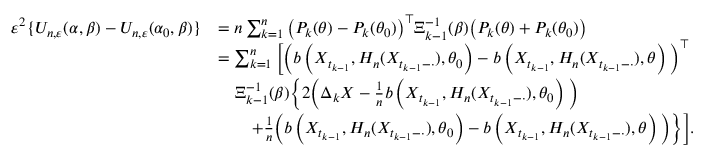
\begin{array} { r l } { \varepsilon ^ { 2 } \{ U _ { n , \varepsilon } ( \alpha , \beta ) - U _ { n , \varepsilon } ( \alpha _ { 0 } , \beta ) \} } & { = n \sum _ { k = 1 } ^ { n } \big ( P _ { k } ( \theta ) - P _ { k } ( \theta _ { 0 } ) \big ) ^ { \top } \Xi _ { k - 1 } ^ { - 1 } ( \beta ) \big ( P _ { k } ( \theta ) + P _ { k } ( \theta _ { 0 } ) \big ) } \\ & { = \sum _ { k = 1 } ^ { n } \bigg [ \Big ( b \left( X _ { t _ { k - 1 } } , H _ { n } ( X _ { t _ { k - 1 } - \cdot } ) , \theta _ { 0 } \right) - b \left( X _ { t _ { k - 1 } } , H _ { n } ( X _ { t _ { k - 1 } - \cdot } ) , \theta \right) \Big ) ^ { \top } } \\ & { \quad \Xi _ { k - 1 } ^ { - 1 } ( \beta ) \bigg \{ 2 \Big ( \Delta _ { k } X - \frac { 1 } { n } b \left( X _ { t _ { k - 1 } } , H _ { n } ( X _ { t _ { k - 1 } - \cdot } ) , \theta _ { 0 } \right) \Big ) } \\ & { \qquad + \frac { 1 } { n } \Big ( b \left( X _ { t _ { k - 1 } } , H _ { n } ( X _ { t _ { k - 1 } - \cdot } ) , \theta _ { 0 } \right) - b \left( X _ { t _ { k - 1 } } , H _ { n } ( X _ { t _ { k - 1 } - \cdot } ) , \theta \right) \Big ) \bigg \} \bigg ] . } \end{array}